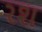
રશ